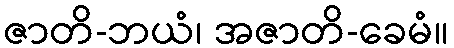
ဇာတိ-ဘယံ၊ အဇာတိ-ခေမံ။